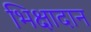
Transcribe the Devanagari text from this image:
भिक्षादान